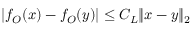
\left| f _ { O } ( x ) - f _ { O } ( y ) \right| \le C _ { L } \| x - y \| _ { 2 }